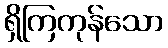
ရှိကြကုန်သော